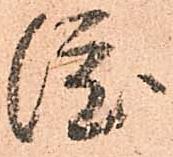
渡